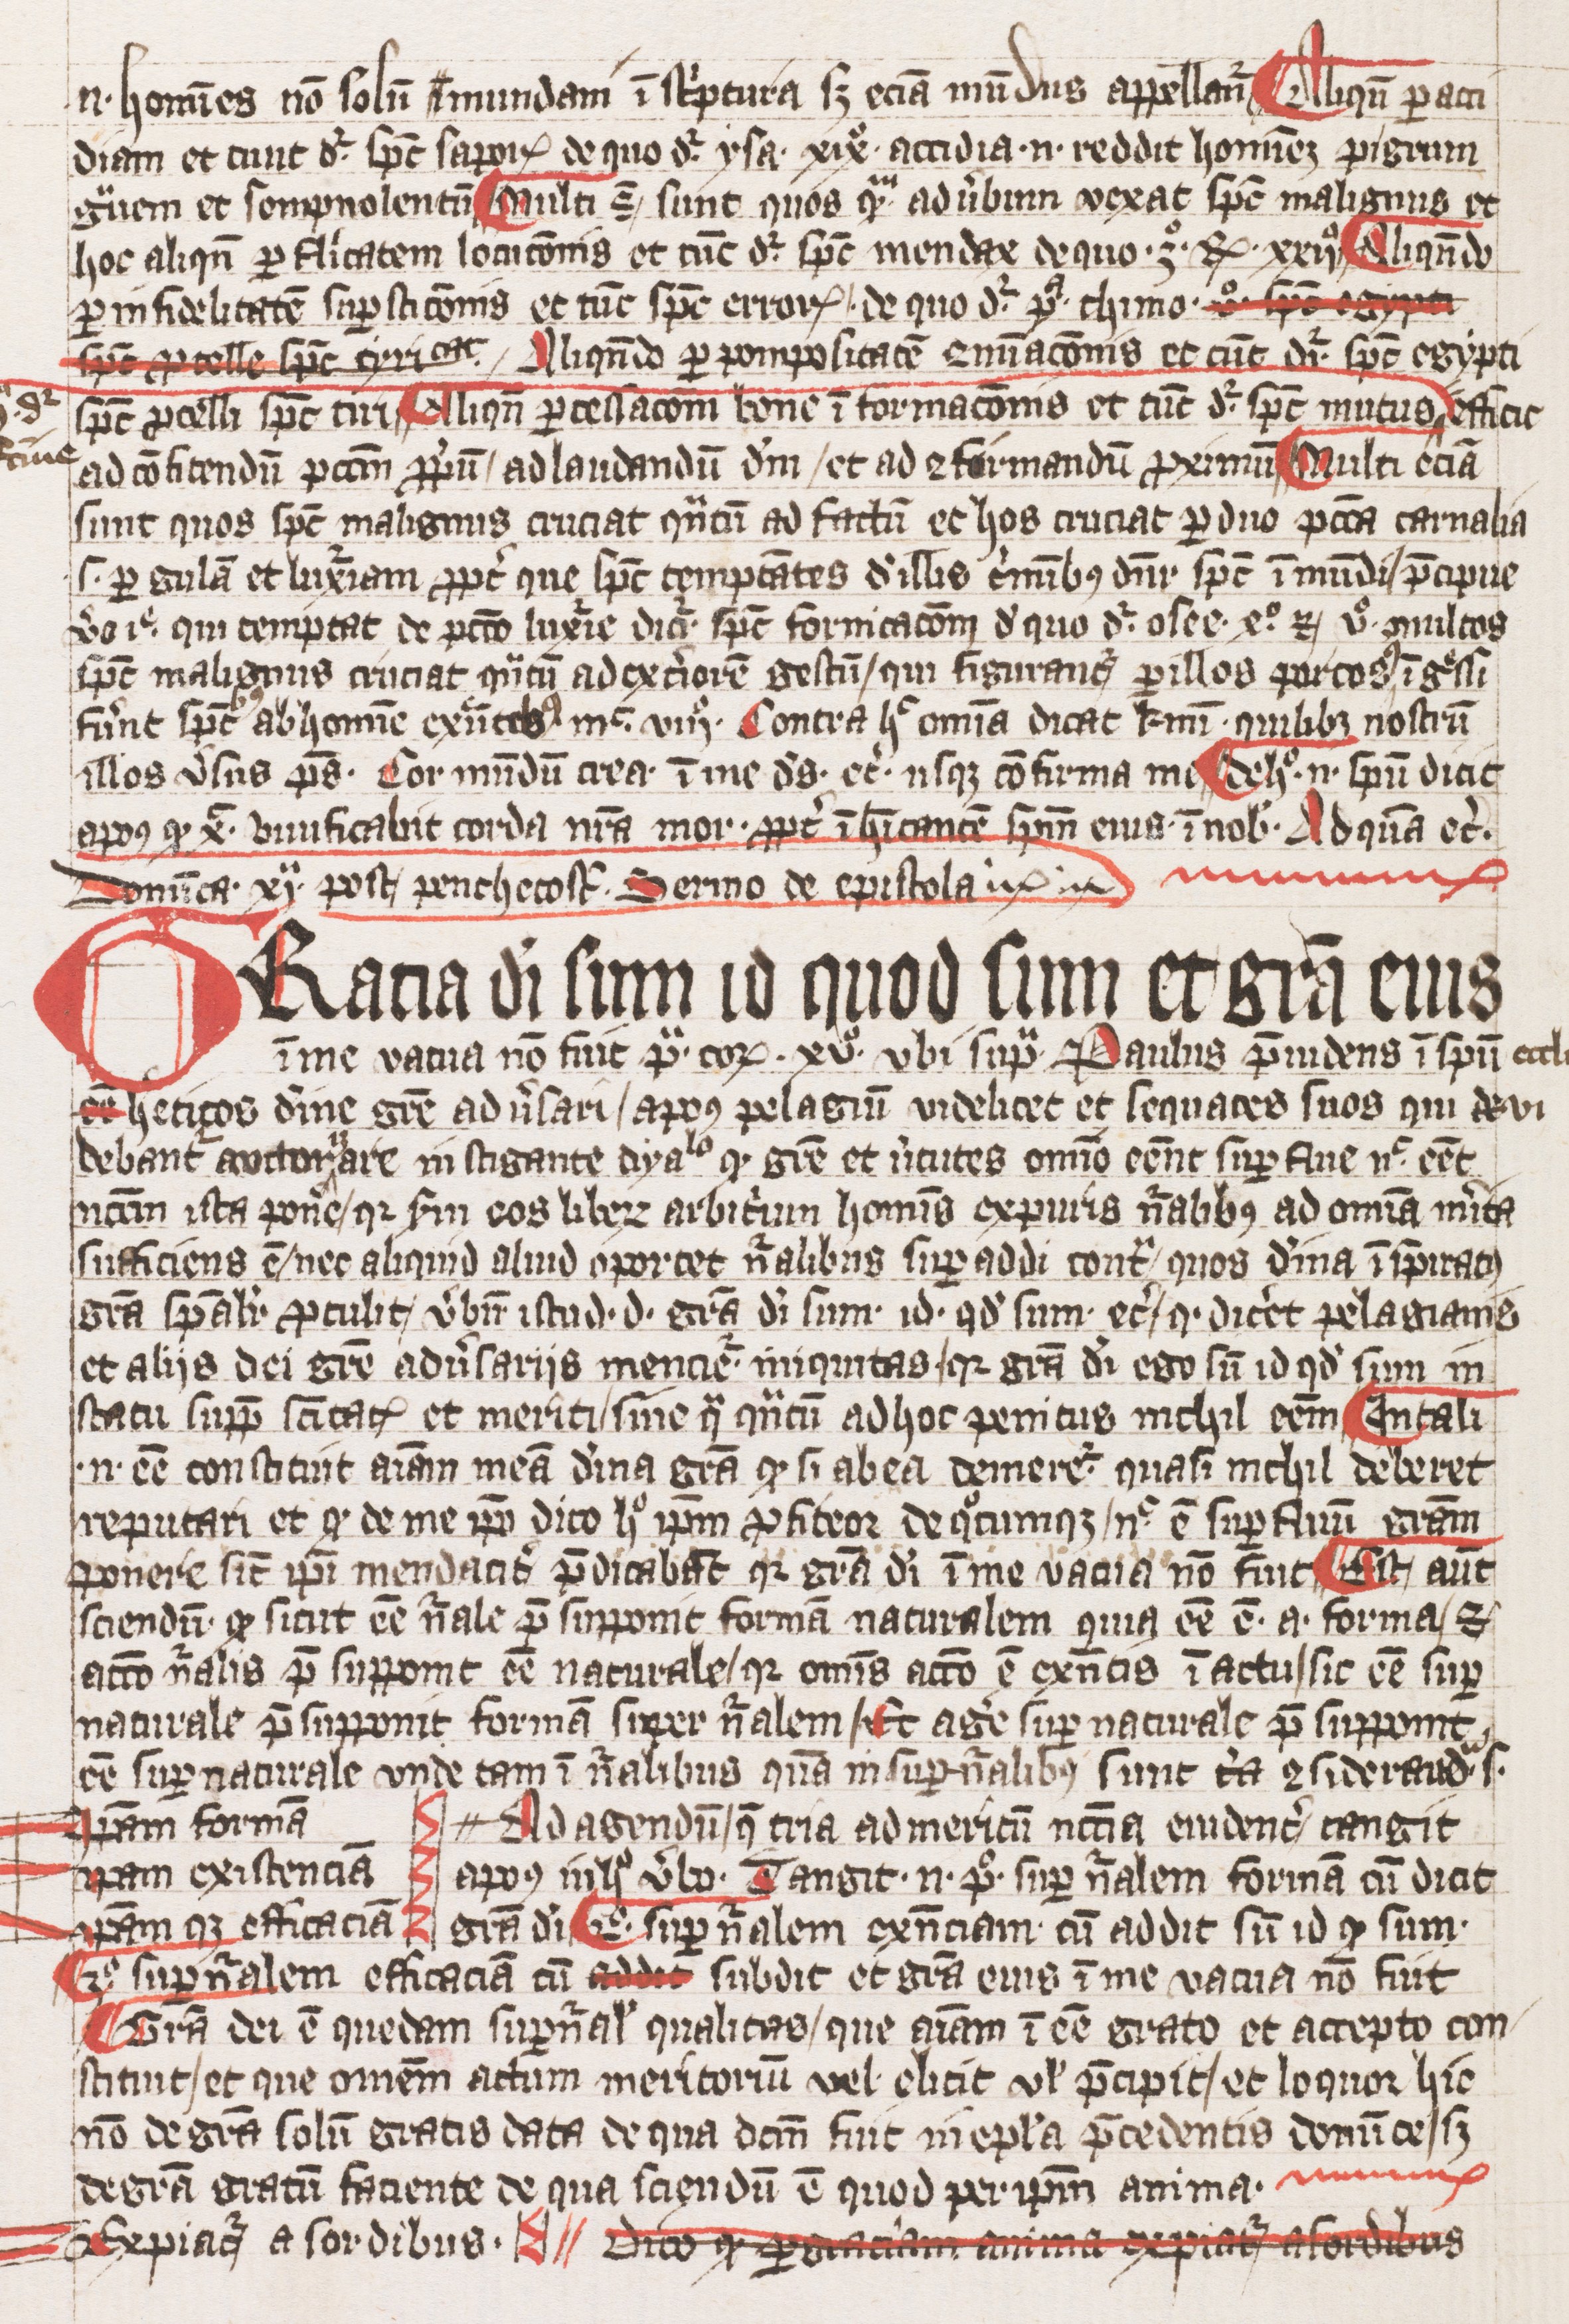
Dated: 1393–1393